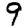
Digit: 9